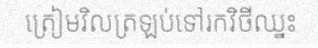
ត្រៀមវិលត្រឡប់ទៅរកវិថីឈ្នះ